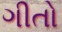
ગીતો